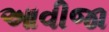
આવીજા